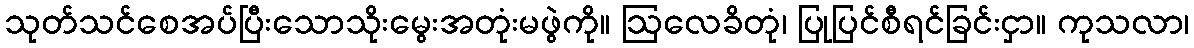
သုတ်သင်စေအပ်ပြီးသောသိုးမွေးအတုံးမဖွဲကို။ ဩလေခိတုံ၊ ပြုပြင်စီရင်ခြင်းငှာ။ ကုသလာ၊